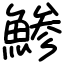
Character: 鯵